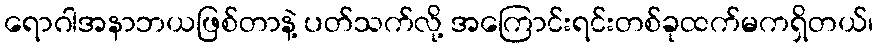
ရောဂါအနာဘယဖြစ်တာနဲ့ ပတ်သက်လို့ အကြောင်းရင်းတစ်ခုထက်မကရှိတယ်၊